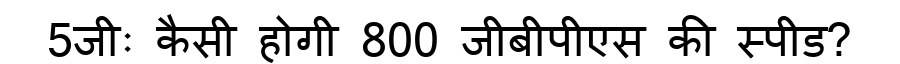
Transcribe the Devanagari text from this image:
5जीः कैसी होगी 800 जीबीपीएस की स्पीड?